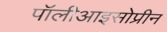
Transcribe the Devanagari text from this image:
पॉलीआइसोप्रीन